Trukikaitis_Postimees, lk 16
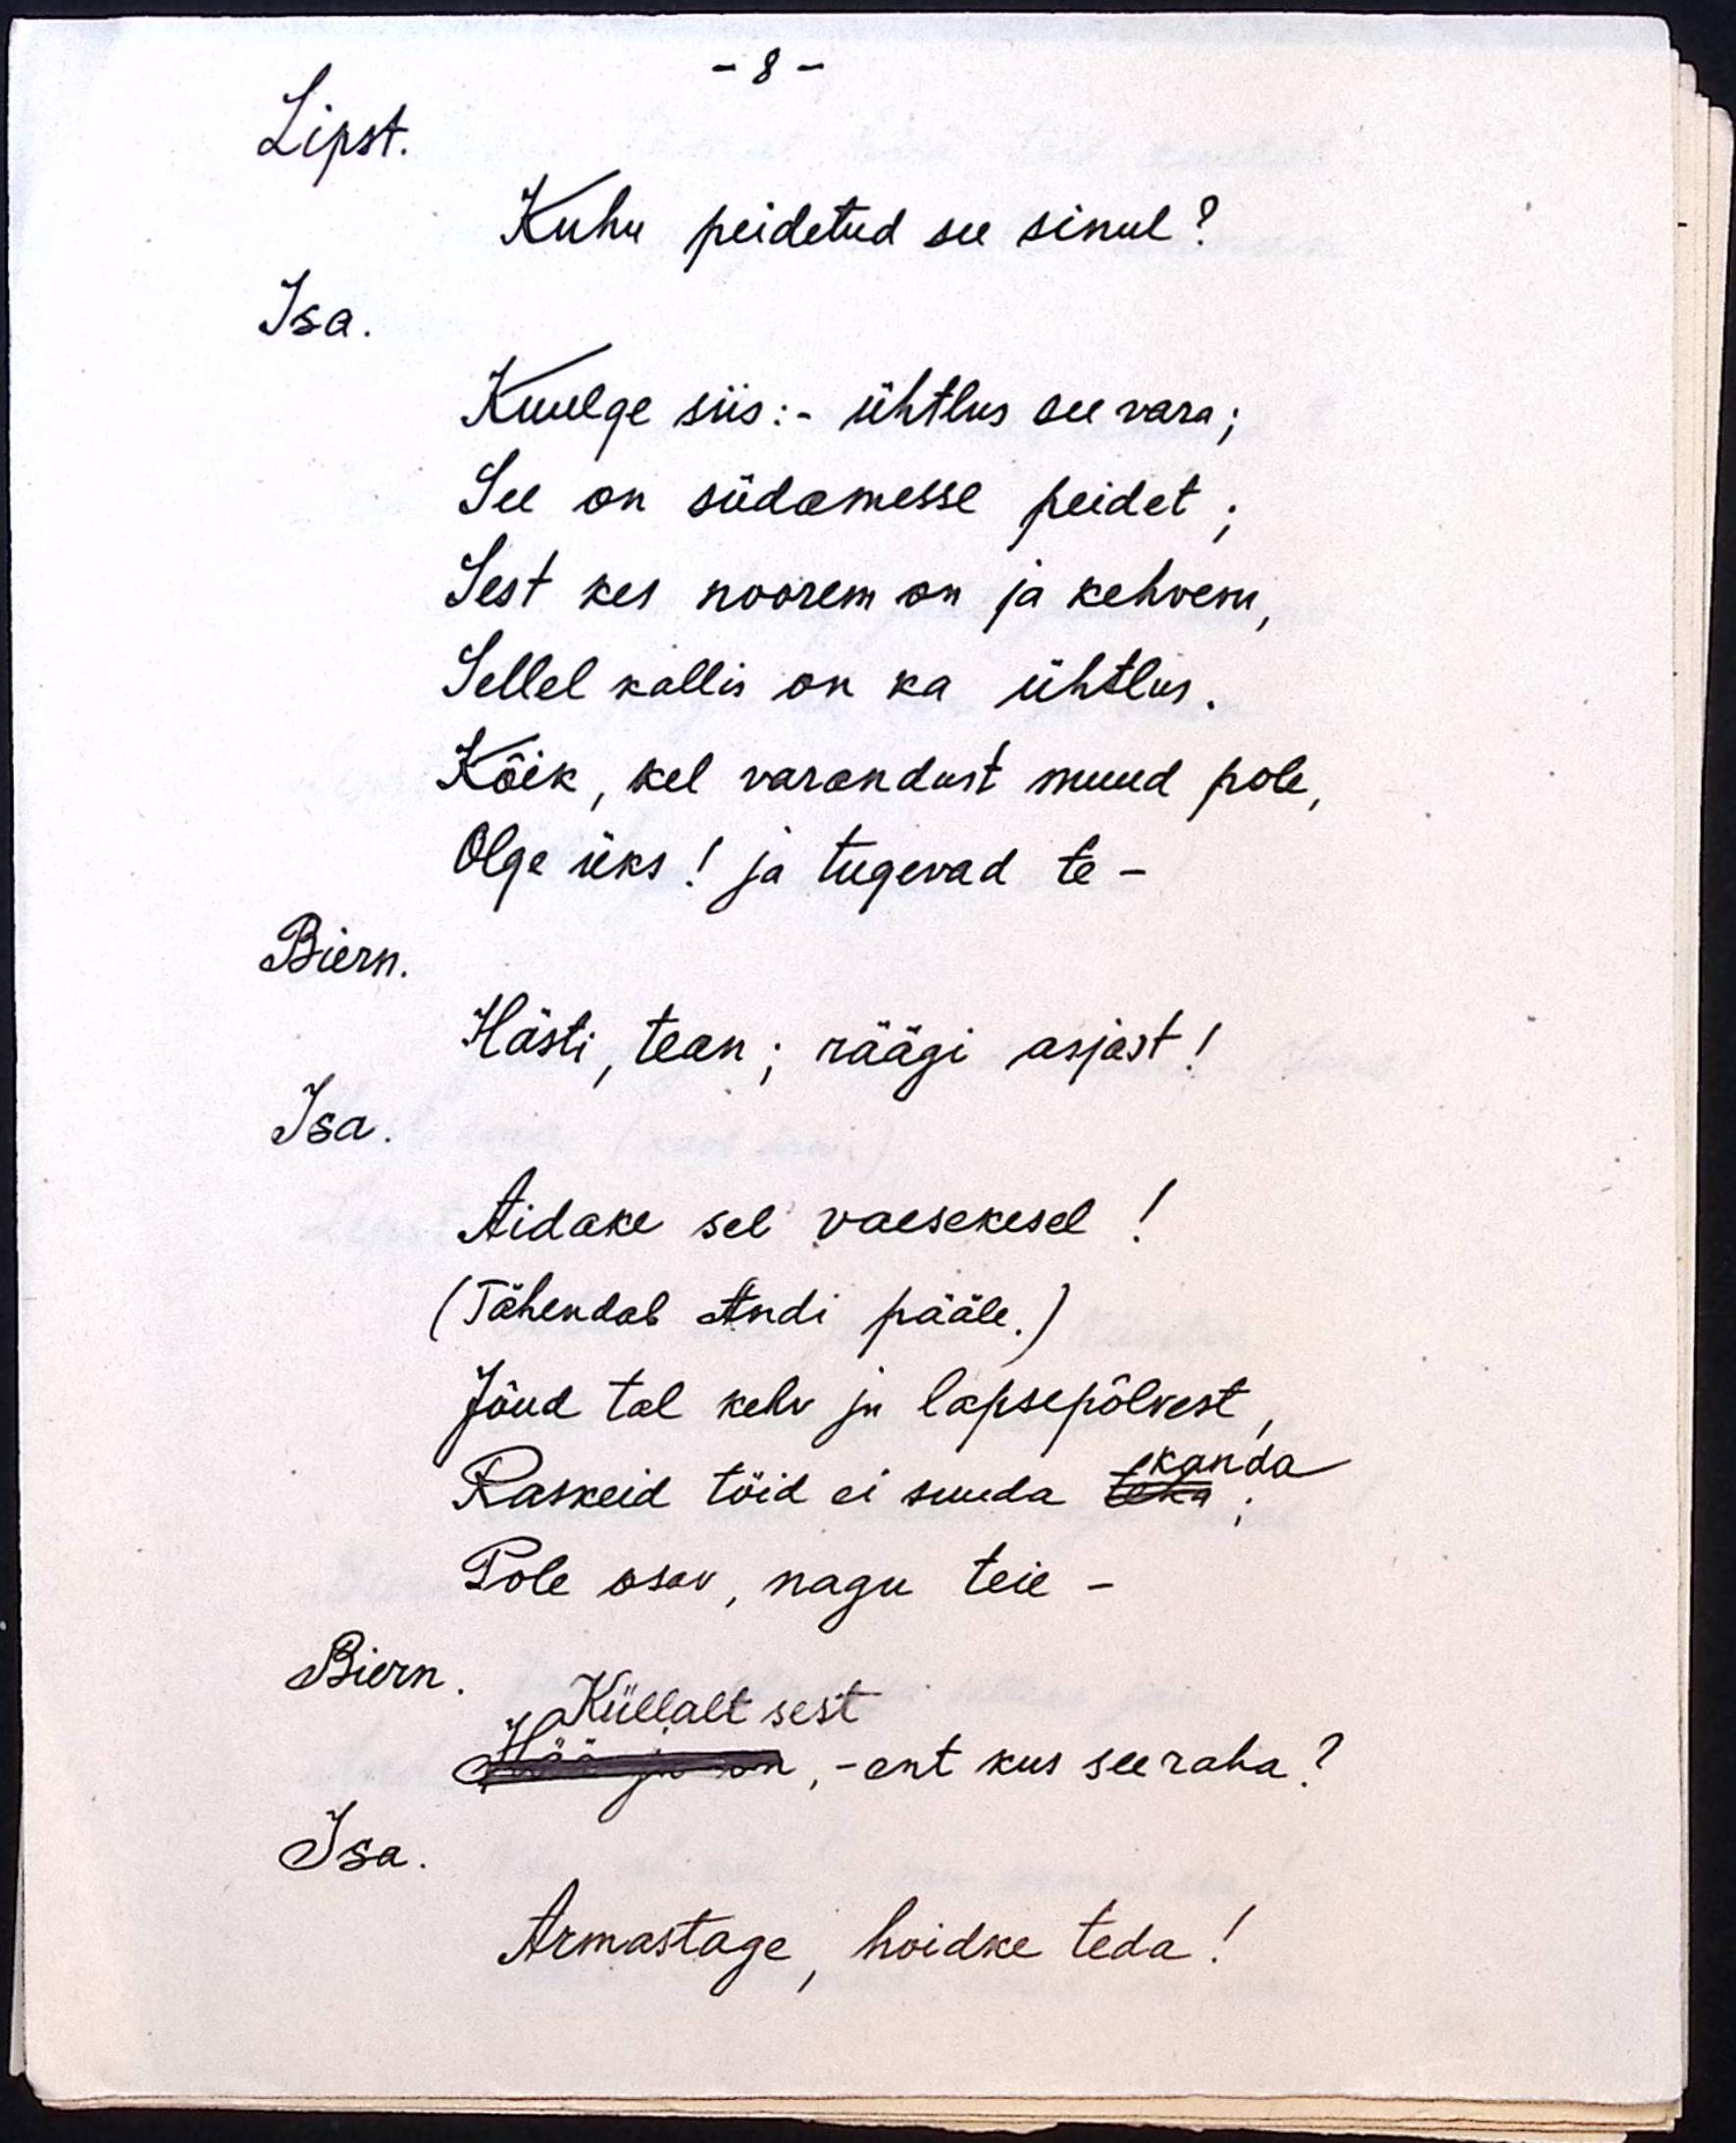
- 8 -
Lipst.
Kuhu peidetud see sinul?
Isa.
Kuulge siis: - ühtlus see vara;
See on südamesse peidet;
Sest kes noorem on ja kehvem,
Sellel kallis on ka ühtlus.
Kõik, kel varandust muud pole,
Olge üks! ja tugevad te -
Biern.
Hästi, tean; räägi asjast!
Isa.
Aidake sel vaesekesel!
(Tähendab Andi pääle.)
Jõud tal kehv ju lapsepõlvest,
kanda
Raskeid töid ei suuda teha;
Pole osav, nagu teie -
Biern.
Küllalt sest
Hää ju on, - ent kus see raha?
Isa.
Armastage, hoidke teda!